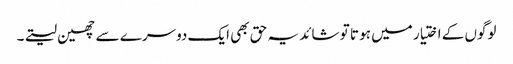
لوگوں کے اختیار میں ہو تا تو شائد یہ حق بھی ایک دوسرے سے چھین لیتے۔